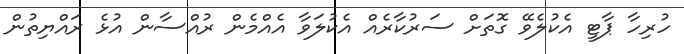
ހުރިހާ ޕާޓީ އެކުލެވޭ ގޮތަށް ސަރުކާރެއް އެކުލަވާ އެއްމެން ރުއްސާން އުޅެ ރައްޔިތުން